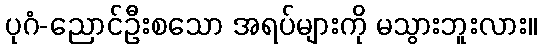
ပုဂံ-ညောင်ဦးစသော အရပ်များကို မသွားဘူးလား။